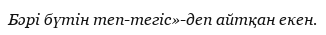
Бәрі бүтін теп-тегіс»-деп айтқан екен.